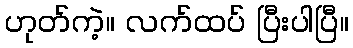
ဟုတ်ကဲ့။ လက်ထပ် ပြီးပါပြီ။